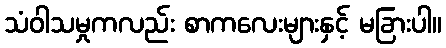
သံဝါသမှုကလည်း စာကလေးများနှင့် မခြားပါ။